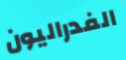
الفدراليون